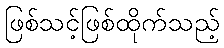
ဖြစ်သင့်ဖြစ်ထိုက်သည့်